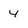
Character: 4